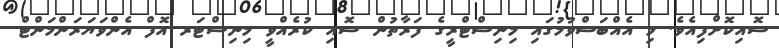
ސޮއިކޮށްފިއެވެ. މި އެއްބަސްވުމުގައި މިނިސްޓްރީގެ ފަރާތުން ސޮއި ކުރެއްވީ މިނިސްޓަރ އޮފް އެންވަޔަރަންމަންޓް